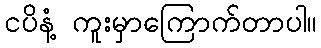
ငပိနံ့ ကူးမှာကြောက်တာပါ။